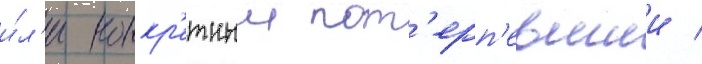
и́л'и конкр'етныи пот'ерп'евшии /